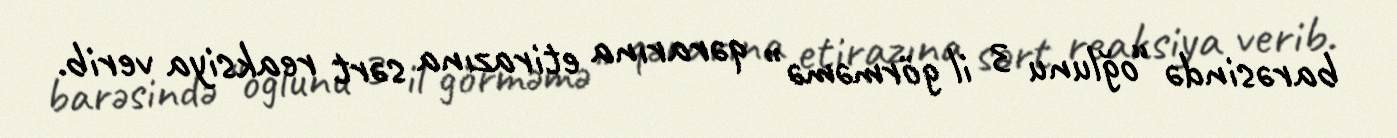
barəsində “oğlunu 3 il görməmə” qərarına etirazına sərt reaksiya verib.